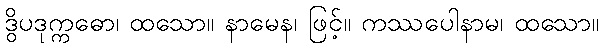
ဒွိပဒုက္ကဓော၊ ထသော။ နာမေန၊ ဖြင့်။ ကဿပေါနာမ၊ ထသော။